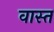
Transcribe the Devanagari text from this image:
वास्त